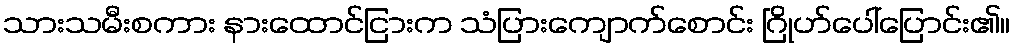
သားသမီးစကား နားထောင်ငြားက သံပြားကျောက်စောင်း ဂြိုဟ်ပေါ်ပြောင်း၏။